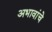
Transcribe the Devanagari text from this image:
अभावांचे